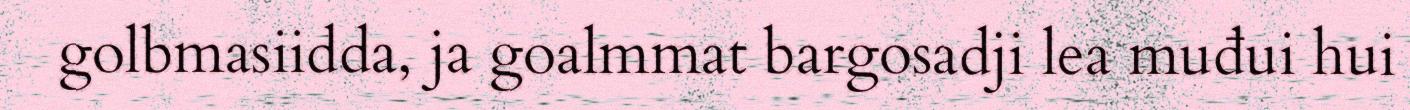
golbmasiidda, ja goalmmat bargosadji lea muđui hui